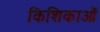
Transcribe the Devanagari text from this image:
किशिकाओं